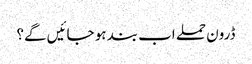
ڈرون حملے اب بند ہو جائیں گے؟